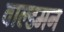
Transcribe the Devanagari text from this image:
वाल्डमन